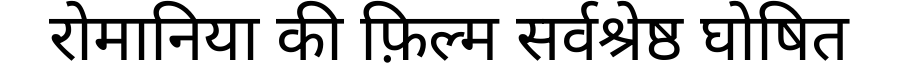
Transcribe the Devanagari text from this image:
रोमानिया की फ़िल्म सर्वश्रेष्ठ घोषित